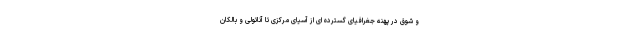
و شوق در پهنه جغرافیای گسترده ای از آسیای مرکزی تا آناتولی و بالکان